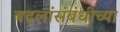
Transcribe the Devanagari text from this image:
बदलांसंबंधीच्या